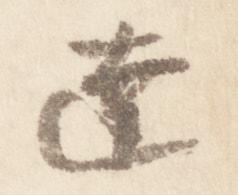
達